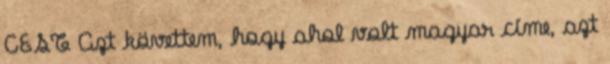
CEST Azt követtem, hogy ahol volt magyar címe, azt